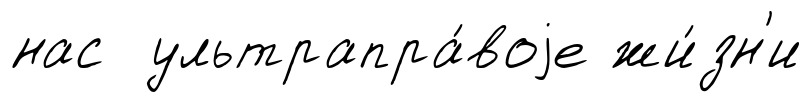
нас ультрапра́воjе жи́зн'и